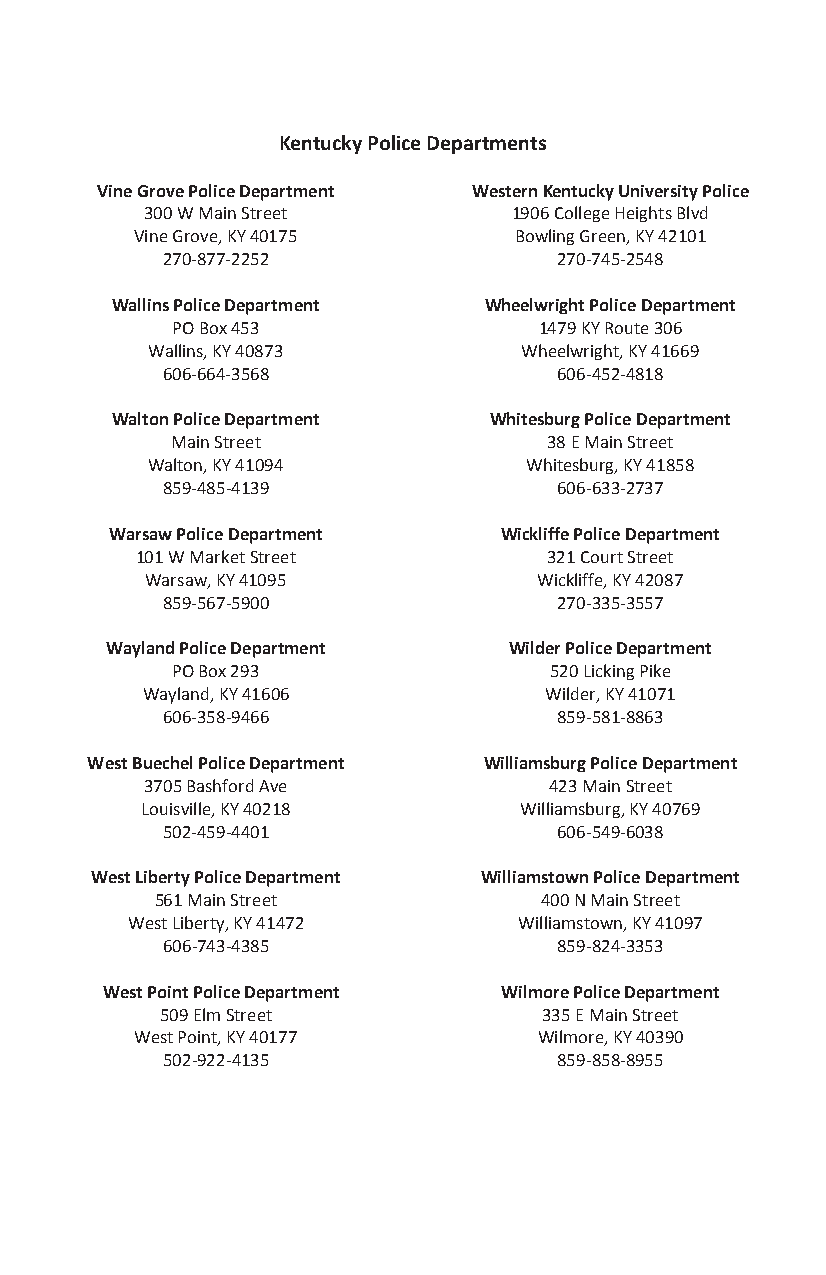
Kentucky Police Departments
 Vine Grove Police Department Western Kentucky University Police
 300 W Main Street       1906 College Heights Blvd
 Vine Grove, KY 40175     Bowling Green, KY 42101
 270-877-2252              270-745-2548
 Wallins Police Department Wheelwright Police Department
 PO Box 453               1479 KY Route 306
 Wallins, KY 40873       Wheelwright, KY 41669
 606-664-3568              606-452-4818
 Walton Police Department Whitesburg Police Department
 Main Street              38 E Main Street
 Walton, KY 41094         Whitesburg, KY 41858
 859-485-4139              606-633-2737
 Warsaw Police Department  Wickliffe Police Department
 101 W Market Street        321 Court Street
 Warsaw, KY 41095          Wickliffe, KY 42087
 859-567-5900              270-335-3557
 Wayland Police Department  Wilder Police Department
 PO Box 293               520 Licking Pike
 Wayland, KY 41606          Wilder, KY 41071
 606-358-9466              859-581-8863
 West Buechel Police Department Williamsburg Police Department
 3705 Bashford Ave         423 Main Street
 Louisville, KY 40218     Williamsburg, KY 40769
 502-459-4401              606-549-6038
 West Liberty Police Department Williamstown Police Department
 561 Main Street           400 N Main Street
 West Liberty, KY 41472    Williamstown, KY 41097
 606-743-4385              859-824-3353
 West Point Police Department Wilmore Police Department
 509 Elm Street           335 E Main Street
 West Point, KY 40177       Wilmore, KY 40390
 502-922-4135              859-858-8955